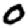
Digit: 0